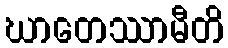
ဃာတေဿာမီတိ